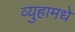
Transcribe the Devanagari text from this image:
व्युहामधे